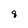
Character: 8